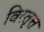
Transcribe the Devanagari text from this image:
विस्तृत्त